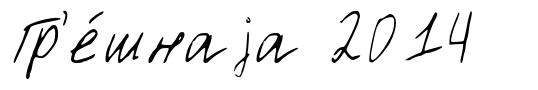
Гр'е́шнаjа 2014